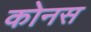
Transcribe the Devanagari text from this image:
कोनस